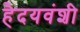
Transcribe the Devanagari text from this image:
हैदयवंशी